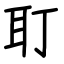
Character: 耵